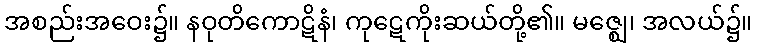
အစည်းအဝေး၌။ နဝုတိကောဋိနံ၊ ကုဋေကိုးဆယ်တို့၏။ မဇ္ဈေ၊ အလယ်၌။